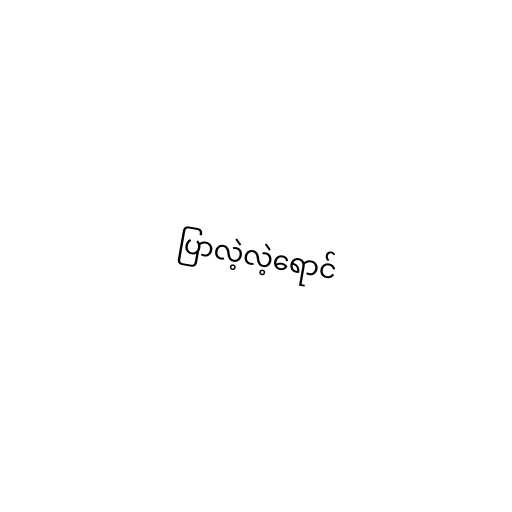
ပြာလဲ့လဲ့ရောင်